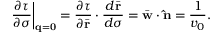
\left. \frac { \partial \tau } { \partial \sigma } \right| _ { { \bf q } = { \bf 0 } } = \frac { \partial \tau } { \partial \bar { \bf r } } \cdot \frac { d \bar { \bf r } } { d \sigma } = \bar { \bf w } \cdot { \bf \hat { n } } = \frac { 1 } { v _ { 0 } } .